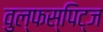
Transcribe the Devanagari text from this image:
वुल्फस्पिट्ज